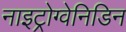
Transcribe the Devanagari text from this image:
नाइट्रोग्वेनिडिन